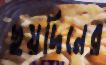
ছয়দিনের